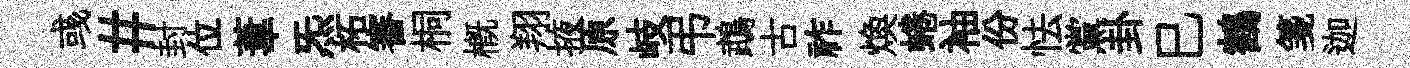
彧#封位葦炁柘審桐概翔掖原岐弔鵡古祚焕蜷袖份怯黨卦巳鶴箋迦